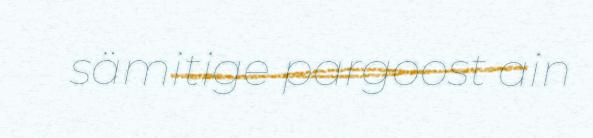
sämitige pargoost ain